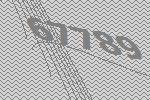
67789